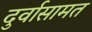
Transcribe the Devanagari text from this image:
दुर्वासामत